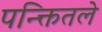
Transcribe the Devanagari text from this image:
पन्क्तितले